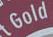
gold